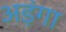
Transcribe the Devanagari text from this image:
अड़ंगा